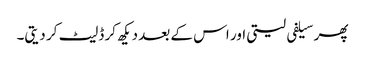
پھر سیلفی لیتی اور اس کے بعد دیکھ کر ڈلیٹ کر دیتی۔